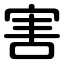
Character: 害